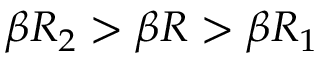
\beta R _ { 2 } > \beta R > \beta R _ { 1 }